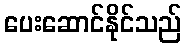
ပေးဆောင်နိုင်သည်